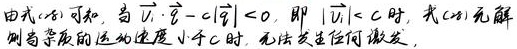
由式(1)可知, 当 $|\vec{U} \cdot \hat{q}-c|\hat{q}|<0$, 即 $|\vec{U}|<c$ 时, 式(1)无解
则当杂质的运动速度小于 $c$ 时, 无法发生任何激发.